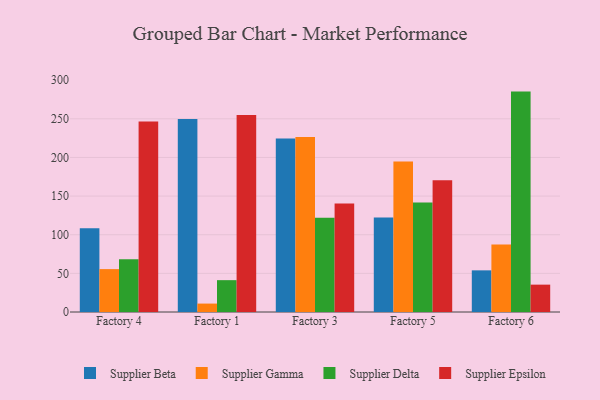
{"axis": {"x": "Factory", "y": "Net Income (USD K)"}, "legend": ["Supplier Beta", "Supplier Delta", "Supplier Epsilon", "Supplier Gamma"], "data": [{"x": "Factory 4", "y": 108.3, "type": "Supplier Beta"}, {"x": "Factory 4", "y": 55.5, "type": "Supplier Gamma"}, {"x": "Factory 4", "y": 68.1, "type": "Supplier Delta"}, {"x": "Factory 4", "y": 246.6, "type": "Supplier Epsilon"}, {"x": "Factory 1", "y": 249.7, "type": "Supplier Beta"}, {"x": "Factory 1", "y": 10.9, "type": "Supplier Gamma"}, {"x": "Factory 1", "y": 41.2, "type": "Supplier Delta"}, {"x": "Factory 1", "y": 254.9, "type": "Supplier Epsilon"}, {"x": "Factory 3", "y": 224.6, "type": "Supplier Beta"}, {"x": "Factory 3", "y": 226.4, "type": "Supplier Gamma"}, {"x": "Factory 3", "y": 121.8, "type": "Supplier Delta"}, {"x": "Factory 3", "y": 140.4, "type": "Supplier Epsilon"}, {"x": "Factory 5", "y": 122.4, "type": "Supplier Beta"}, {"x": "Factory 5", "y": 194.9, "type": "Supplier Gamma"}, {"x": "Factory 5", "y": 141.8, "type": "Supplier Delta"}, {"x": "Factory 5", "y": 170.4, "type": "Supplier Epsilon"}, {"x": "Factory 6", "y": 53.9, "type": "Supplier Beta"}, {"x": "Factory 6", "y": 87.3, "type": "Supplier Gamma"}, {"x": "Factory 6", "y": 285.2, "type": "Supplier Delta"}, {"x": "Factory 6", "y": 35.4, "type": "Supplier Epsilon"}]}